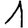
Digit: 1